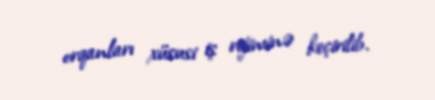
orqanları xüsusi iş rejiminə keçirilib.